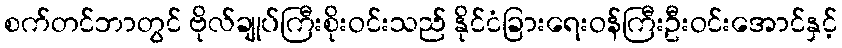
စက်တင်ဘာတွင် ဗိုလ်ချုပ်ကြီးစိုးဝင်းသည် နိုင်ငံခြားရေးဝန်ကြီးဦးဝင်းအောင်နှင့်